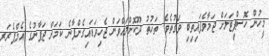
މީހުން ހޮސްޕިޓަލަށް ޖަމާވެފައިތިބި ވަގުތެވެ. ތަޚުތު ދޫކޮށްލައްވަން ޖެހިވަޑައިގެންފާނެ ކަމަށް ޖަޕާނުގެ އެމްޕެރަރ